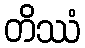
တိဿံ